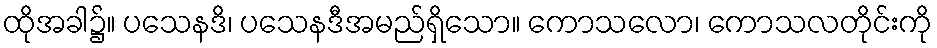
ထိုအခါ၌။ ပသေနဒိ၊ ပသေနဒီအမည်ရှိသော။ ကောသလော၊ ကောသလတိုင်းကို